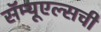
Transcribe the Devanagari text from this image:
सॅम्यूएल्सची